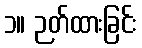
၁။ ဉတ်ထားခြင်း